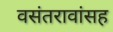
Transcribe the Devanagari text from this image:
वसंतरावांसह